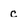
Character: c